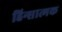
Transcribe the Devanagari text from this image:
हिन्सात्मक